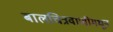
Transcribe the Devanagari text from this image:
बालचित्रवाणीमधून